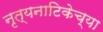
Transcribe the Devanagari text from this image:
नृत्यनाटिकेच्या